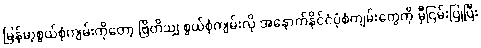
မြန်မာ့စွယ်စုံကျမ်းကိုတော့ ဗြိတိသျှ စွယ်စုံကျမ်းလို အနောက်နိုင်ငံပုံစံကျမ်းတွေကို မှီငြမ်းပြုပြီး